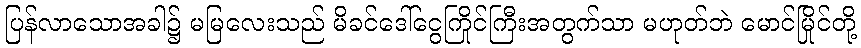
ပြန်လာသောအခါ၌ မမြလေးသည် မိခင်ဒေါ်ငွေကြိုင်ကြီးအတွက်သာ မဟုတ်ဘဲ မောင်မြိုင်တို့